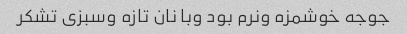
جوجه خوشمزه ونرم بود وبا نان تازه وسبزی تشکر